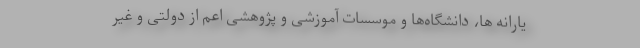
یارانه ها، دانشگاه‌ها و موسسات آموزشی و پژوهشی اعم از دولتی و غیر